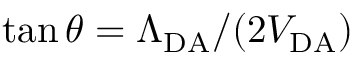
\tan \theta = \Lambda _ { \mathrm { D A } } / ( 2 V _ { \mathrm { D A } } )